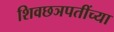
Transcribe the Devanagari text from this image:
शिवछञपतींच्या